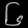
Digit: ၆